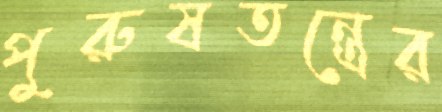
পুরুষতন্ত্রের